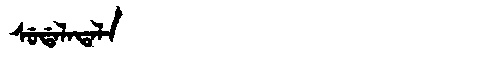
Manchu: ᠰᡠᡩᠠᠯᠠᡨᠠᠯᠠ
Romanization: SUDALATALA